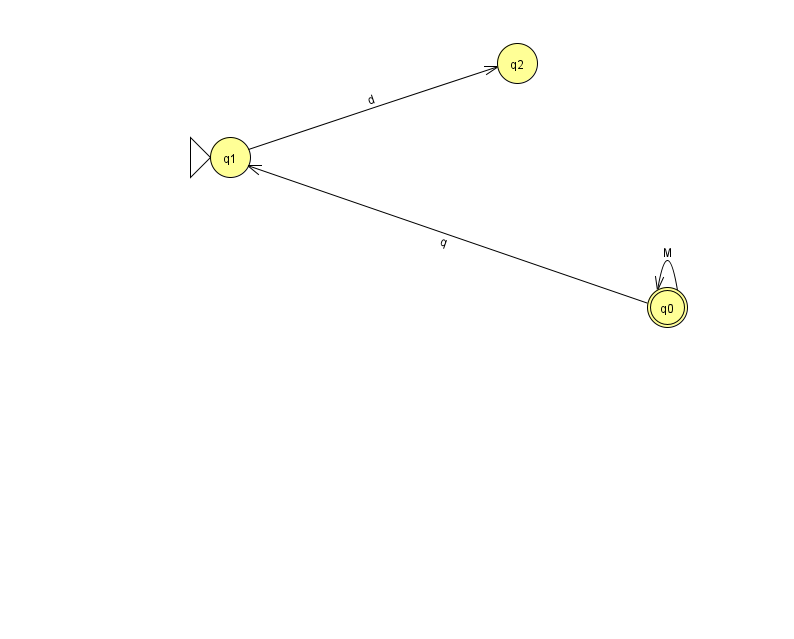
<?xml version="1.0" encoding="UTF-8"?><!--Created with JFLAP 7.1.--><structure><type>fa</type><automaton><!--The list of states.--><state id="0" name="q0"><x>667.0</x><y>294.0</y><final/></state><state id="1" name="q1"><x>230.0</x><y>144.0</y><initial/></state><state id="2" name="q2"><x>517.0</x><y>50.0</y></state><!--The list of transitions.--><transition><from>0</from><to>1</to><read>q</read></transition><transition><from>0</from><to>0</to><read>M</read></transition><transition><from>1</from><to>2</to><read>d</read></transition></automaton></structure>